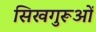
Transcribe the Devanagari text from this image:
सिखगुरूओं